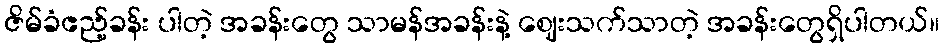
ဇိမ်ခံဧည့်ခန်း ပါတဲ့ အခန်းတွေ သာမန်အခန်းနဲ့ ဈေးသက်သာတဲ့ အခန်းတွေရှိပါတယ်။